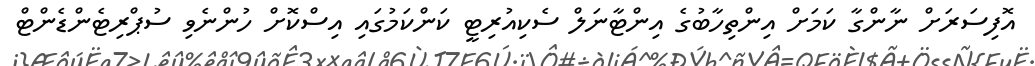
އޮފިސަރަށް ނާންގާ ކަމަށް އިންތިހާބުގެ އިންޓާނަލް ސެކިއުރިޓީ ކަންކަމުގައި އިސްކޮށް ހުންނެވި ސުޕްރިޓެންޑެންޓް